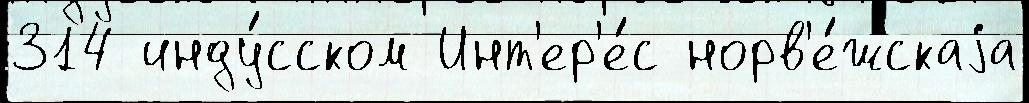
314 инду́сском Инт'ер'е́с норв'е́жскаjа